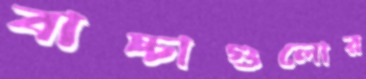
বাচ্চাগুলোর